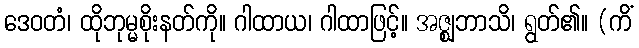
ဒေဝတံ၊ ထိုဘုမ္မစိုးနတ်ကို။ ဂါထာယ၊ ဂါထာဖြင့်။ အဇ္ဈဘာသိ၊ ရွတ်၏။ (ကိံ